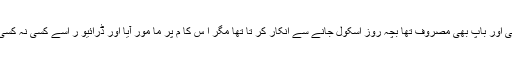
ایک دفعہ ایک بچے کا واقعہ ہے ( نامی گرا می نجی ادارے) کہ ماں ورکنگ لیڈی تھی اور باپ بھی مصروف تھا بچہ روز اسکول جانے سے انکار کر تا تھا مگر ا س کا م پر ما مور آیا اور ڈرائیو ر اسے کسی نہ کسی طر ح اسکول پہنچا ہی آتے بعد میں یہ بچہ گارڈ کے ہا تھوں زیا دتی کا شکا ر ہو ا ۔